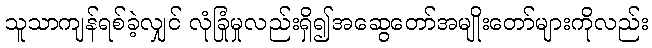
သူသာကျန်ရစ်ခဲ့လျှင် လုံခြုံမှုလည်းရှိ၍အဆွေတော်အမျိုးတော်များကိုလည်း